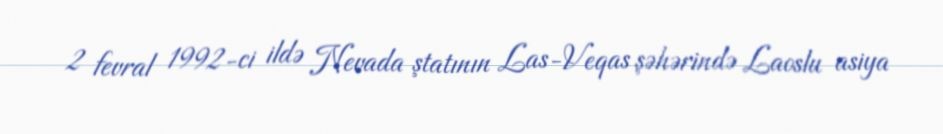
2 fevral 1992-ci ildə Nevada ştatının Las-Veqas şəhərində Laoslu asiya